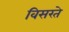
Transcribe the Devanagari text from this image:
विसरते